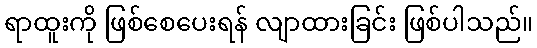
ရာထူးကို ဖြစ်စေပေးရန် လျာထားခြင်း ဖြစ်ပါသည်။